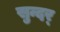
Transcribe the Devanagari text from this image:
सुन्दर्